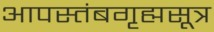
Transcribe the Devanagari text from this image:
आपस्तंबगृह्मसूत्र